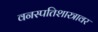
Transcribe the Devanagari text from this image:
वनस्पतिशास्त्रावर